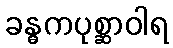
ခန္ဓကပုစ္ဆာဝါရ